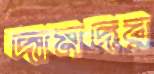
দামদর